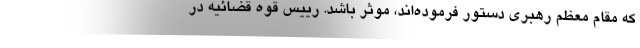
که مقام معظم رهبری دستور فرموده‌اند، موثر باشد. رییس قوه قضائیه در